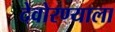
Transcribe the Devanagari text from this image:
देवोरण्याला